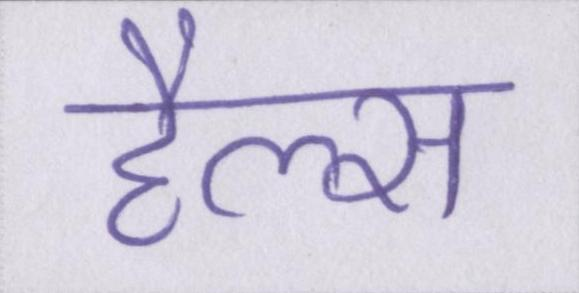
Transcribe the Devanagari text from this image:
हैल्स